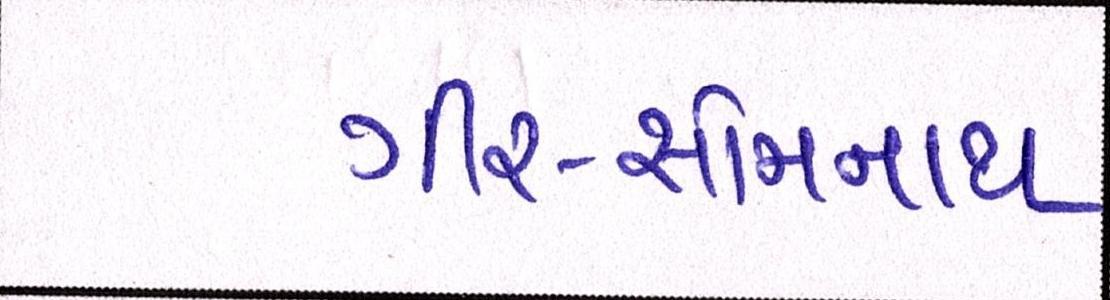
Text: ગીર-સોમનાથ